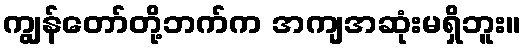
ကျွန်တော်တို့ဘက်က အကျအဆုံးမရှိဘူး။